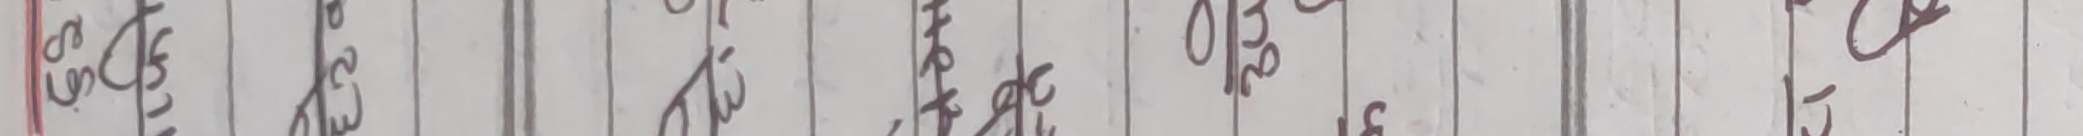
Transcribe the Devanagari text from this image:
६३. ७६. २५. १३. ७२. ४३. २०. ९२.